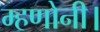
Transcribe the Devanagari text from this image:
म्हणोनी।